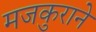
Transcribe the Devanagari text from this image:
मजकुराने